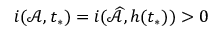
i ( \mathcal { A } , t _ { * } ) = i ( \widehat { \mathcal { A } } , h ( t _ { * } ) ) > 0